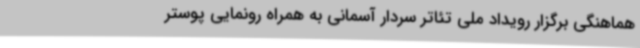
هماهنگی برگزار رویداد ملی تئاتر سردار آسمانی به همراه رونمایی پوستر